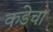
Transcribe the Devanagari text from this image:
कडेचा